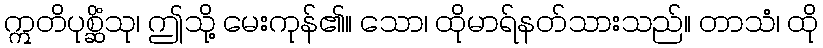
ဣတိပုစ္ဆိံသု၊ ဤသို့ မေးကုန်၏။ သော၊ ထိုမာရ်နတ်သားသည်။ တာသံ၊ ထို